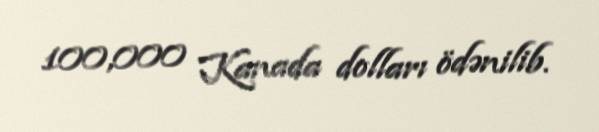
100,000 Kanada dolları ödənilib.